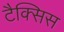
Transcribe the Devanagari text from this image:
टैक्सिस